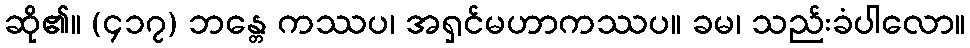
ဆို၏။ (၄၁၇) ဘန္တေ ကဿပ၊ အရှင်မဟာကဿပ။ ခမ၊ သည်းခံပါလော။